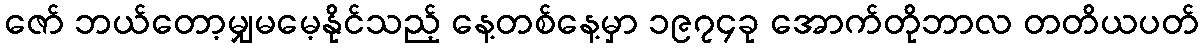
ဇော် ဘယ်တော့မျှမမေ့နိုင်သည့် နေ့တစ်နေ့မှာ ၁၉၇၄ခု အောက်တိုဘာလ တတိယပတ်